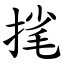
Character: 毮